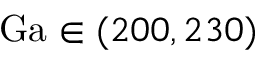
\mathrm { G a } \in ( 2 0 0 , 2 3 0 )